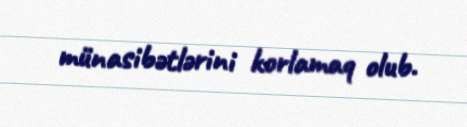
münasibətlərini korlamaq olub.